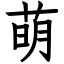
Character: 萌